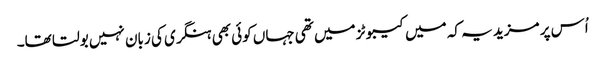
اُس پر مزید یہ کہ میں کیبوٹز میں تھی جہاں کوئی بھی ہنگری کی زبان نہیں بولتا تھا۔